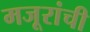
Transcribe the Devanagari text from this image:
मजूरांची